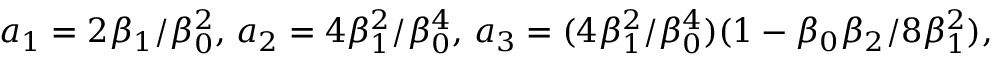
a _ { 1 } = 2 \beta _ { 1 } / \beta _ { 0 } ^ { 2 } , \, a _ { 2 } = 4 \beta _ { 1 } ^ { 2 } / \beta _ { 0 } ^ { 4 } , \, a _ { 3 } = ( 4 \beta _ { 1 } ^ { 2 } / \beta _ { 0 } ^ { 4 } ) ( 1 - \beta _ { 0 } \beta _ { 2 } / 8 \beta _ { 1 } ^ { 2 } ) ,